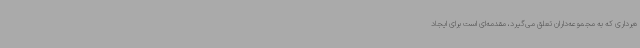
ه‌برداری که به مجموعه‌داران تعلق می‌گیرد، مقدمه‌ای است برای ایجاد